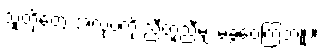
သူတို့တွေ အလုပ်ကို ညီတူညီမျှ မခွဲဝေကြဘူး။